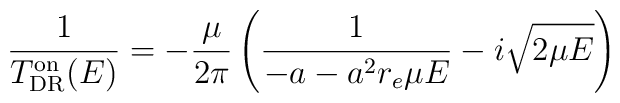
\frac{1}{T_{\rm DR}^{\rm on}(E)}=-\frac{\mu}{2 \pi}\left(\frac{1}{-a - a^2 r_e \mu E} - i\sqrt{2 \mu E} \right)